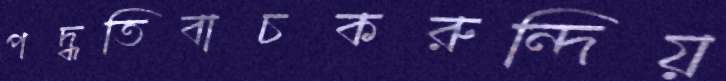
পদ্ধতিবাচকরুন্দিয়